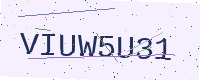
Text: VIUW5U31